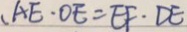
\cdot A E \cdot O E = E F \cdot D E